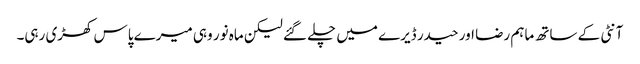
آنٹی کے ساتھ ماہم رضا اور حیدر ڈیرے میں چلے گئے لیکن ماہ نور وہی میرے پاس کھڑی رہی۔